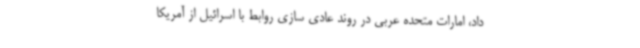
داد، امارات متحده عربی در روند عادی سازی روابط با اسرائیل از آمریکا